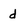
Character: d